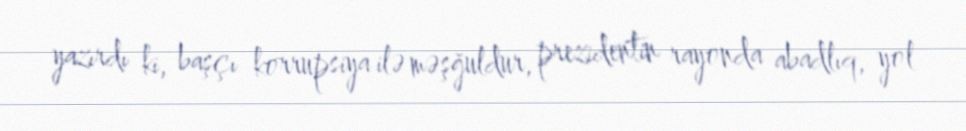
yazırdı ki, başçı korrupsiya ilə məşğuldur, prezidentin rayonda abadlıq, yol